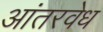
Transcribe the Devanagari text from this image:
आंतरवेध